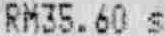
RM35.60 S